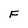
Character: F